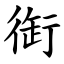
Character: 衘